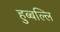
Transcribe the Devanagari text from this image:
हुब्बल्लि